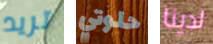
تريد حلوتي لدينا